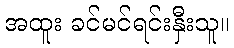
အထူး ခင်မင်ရင်းနှီးသူ။